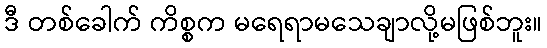
ဒီ တစ်ခေါက် ကိစ္စက မရေရာမသေချာလို့မဖြစ်ဘူး။